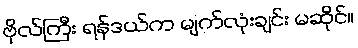
ဗိုလ်ကြီး ရန်ဒယ်က မျက်လုံးချင်း မဆိုင်။